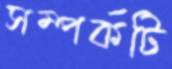
সম্পর্কটি